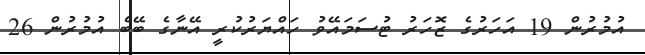
އުމުރުން 19 އަހަރުގެ ޒޮހަރު ޓުސަމައޭވު ހައްޔަރުކުރީ އޭނާގެ ބޭބެ އުމުރުން 26